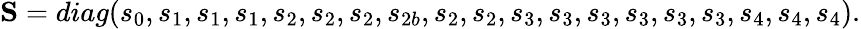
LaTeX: {\mathbf{S}}=diag({s_{0}},{s_{1}},{s_{1}},{s_{1}},{s_{2}},{s_{2}},{s_{2}},{s_{2b}},{s_{2}},{s_{2}},{s_{3}},{s_{3}},{s_{3}},{s_{3}},{s_{3}},{s_{3}},{s_{4}},{s_{4}},{s_{4}}).